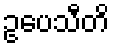
ဥပေသီတိ